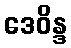
ဒေဝိန္ဒ